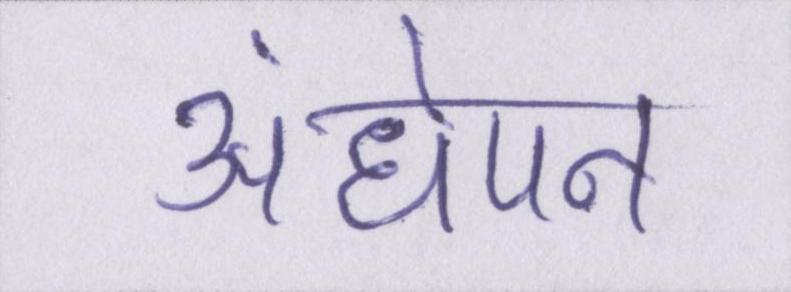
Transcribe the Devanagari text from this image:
अंधेपन